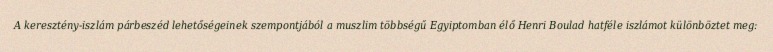
A keresztény-iszlám párbeszéd lehetőségeinek szempontjából a muszlim többségű Egyiptomban élő Henri Boulad hatféle iszlámot különböztet meg: